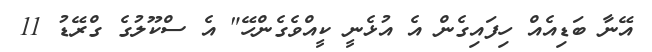
އޭނާ ބަޑިއެއް ހިފައިގެން އެ އުޅެނީ ކީއްވެގެންހޭ" އެ ސްކޫލުގެ ގްރޭޑު 11